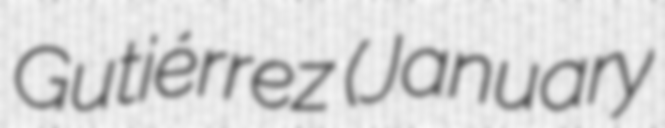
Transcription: Gutiérrez (January